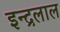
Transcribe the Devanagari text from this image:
इन्द्रलाल